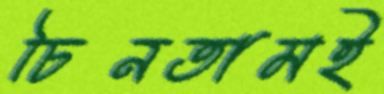
চিনতামই